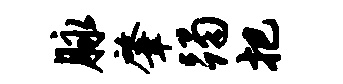
脉肇躅把